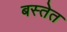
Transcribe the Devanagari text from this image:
बस्तेत